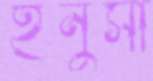
ইনুসা